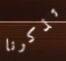
تذكرنا